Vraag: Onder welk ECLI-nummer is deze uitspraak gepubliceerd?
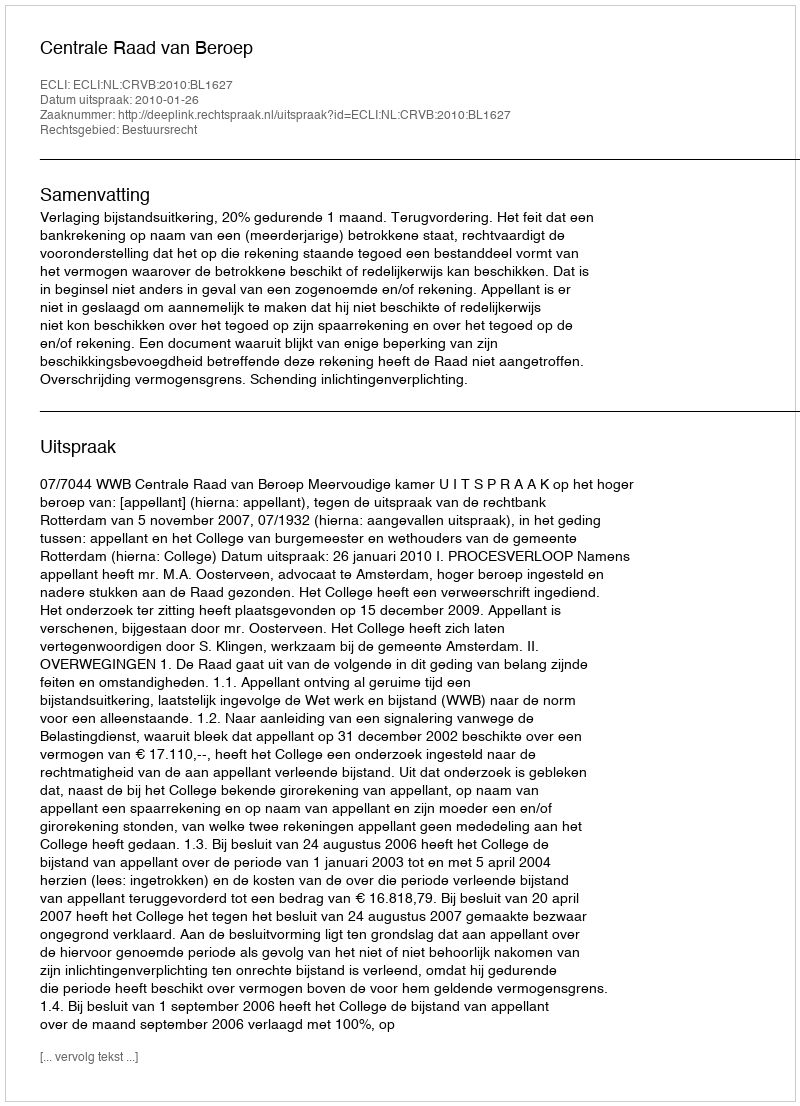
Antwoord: ECLI:NL:CRVB:2010:BL1627